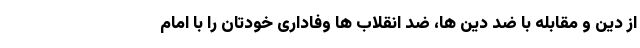
از دین و مقابله با ضد دین ها، ضد انقلاب ها وفاداری خودتان را با امام